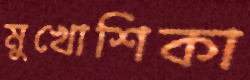
মুখোশিকা